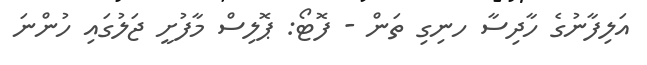
އަލިފާނުގެ ހާދިސާ ހނިގި ތަން - ފޮޓޯ: ޕޮލިސް މާފުށީ ޖަލުގައި ހުންނަ